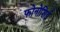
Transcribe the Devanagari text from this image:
फोनोशिई